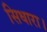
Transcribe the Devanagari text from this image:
सिधारा।